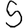
Digit: 5